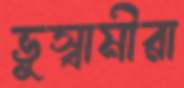
ভুস্বামীরা